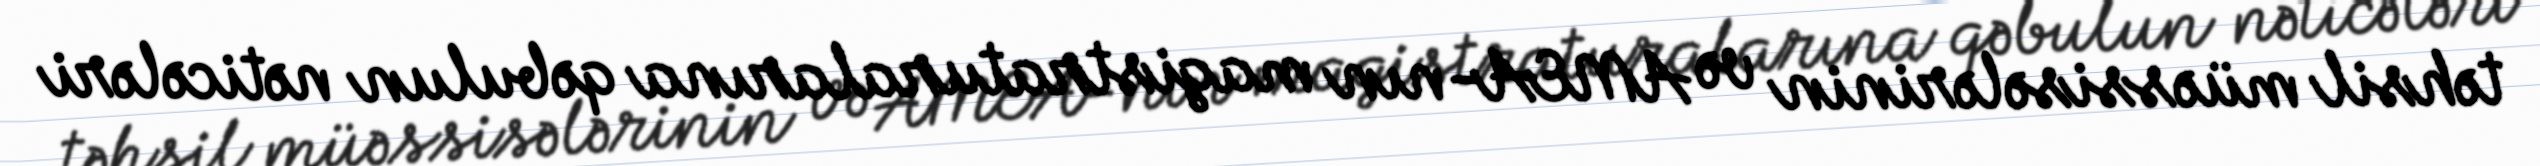
təhsil müəssisələrinin və AMEA-nın magistraturalarına qəbulun nəticələri